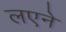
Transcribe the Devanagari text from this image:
लएने